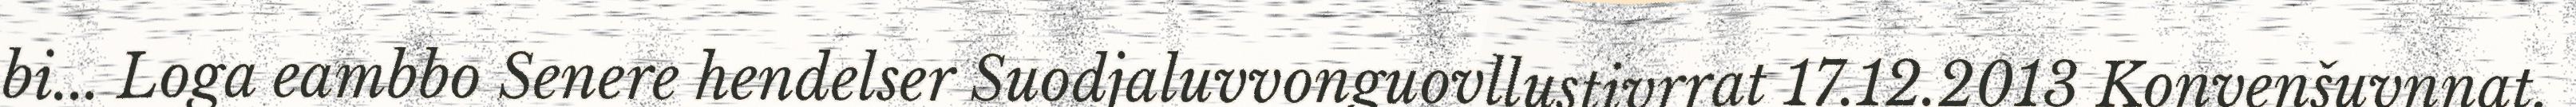
bi... Loga eambbo Senere hendelser Suodjaluvvonguovllustivrrat 17.12.2013 Konvenšuvnnat,